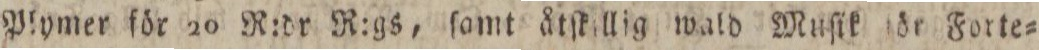
Plymer för 20 R:dr R:gs, ſamt åtſkillig wald Muſik för Forte=